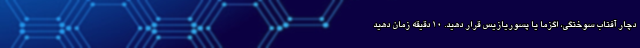
دچار آفتاب سوختگی، اگزما یا پسوریازیس قرار دهید. 10 دقیقه زمان دهید